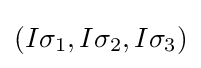
{\textstyle (I\sigma _{1},I\sigma _{2},I\sigma _{3})}